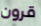
قرون